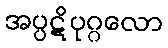
အပ္ပဋိပုဂ္ဂလော